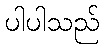
ပါပါသည်